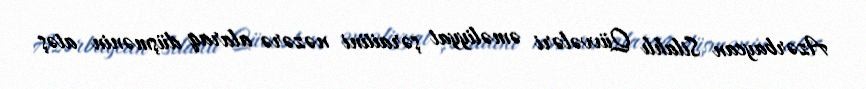
Azərbaycan Silahlı Qüvvələri əməliyyat şəraitini nəzərə alaraq düşmənin atəş